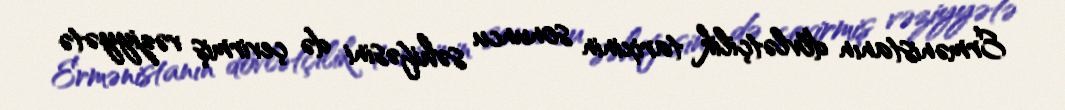
Ermənistanın dövlətçilik tarixinin sonuncu səhifəsini də çevirmiş vəziyyətə